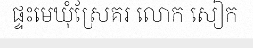
ផ្ទះមេឃុំស្រែគរ លោក សៀក